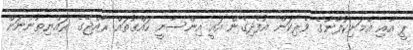
ޕީ އާއި އެމަނިކުފާނުގެ ވެރިކަން އުފެދިގެން އައީ އިންސާނީ ހައްގުތައް ރާއްޖޭގެ ރައްޔިތުންނަށް